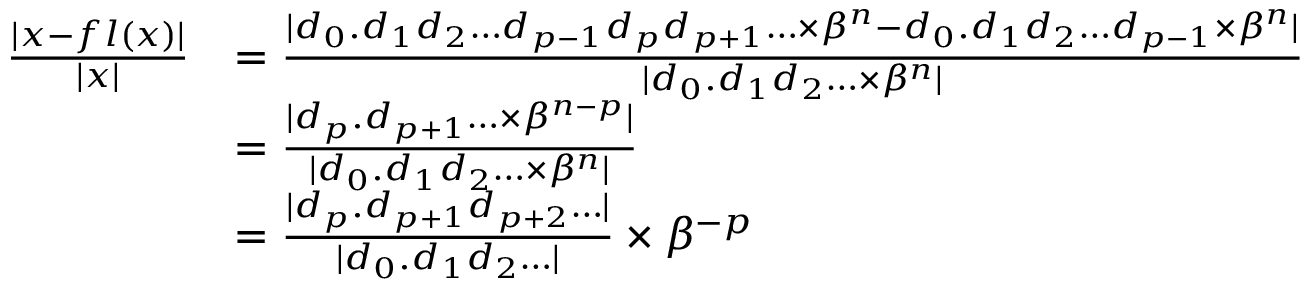
{ \begin{array} { r l } { { \frac { | x - f l ( x ) | } { | x | } } } & { = { \frac { | d _ { 0 } . d _ { 1 } d _ { 2 } \ldots d _ { p - 1 } d _ { p } d _ { p + 1 } \ldots \times \beta ^ { n } - d _ { 0 } . d _ { 1 } d _ { 2 } \ldots d _ { p - 1 } \times \beta ^ { n } | } { | d _ { 0 } . d _ { 1 } d _ { 2 } \ldots \times \beta ^ { n } | } } } \\ & { = { \frac { | d _ { p } . d _ { p + 1 } \ldots \times \beta ^ { n - p } | } { | d _ { 0 } . d _ { 1 } d _ { 2 } \ldots \times \beta ^ { n } | } } } \\ & { = { \frac { | d _ { p } . d _ { p + 1 } d _ { p + 2 } \ldots | } { | d _ { 0 } . d _ { 1 } d _ { 2 } \ldots | } } \times \beta ^ { - p } } \end{array} }